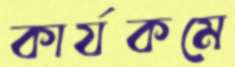
কার্যকমে